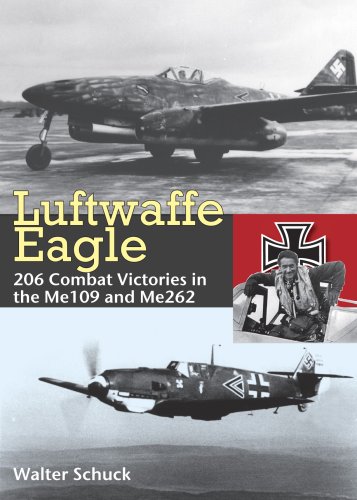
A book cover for Luftwaffe Eagle: 206 Combat Victories in the Me 109 and Me 262; Walter Schuck; History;